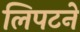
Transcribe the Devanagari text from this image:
लिपटने